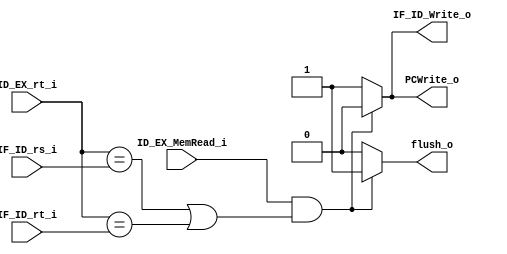
//110550029
`timescale 1ns/1ps
module Hazard_Detect(
	ID_EX_MemRead_i,
	ID_EX_rt_i,
	IF_ID_rs_i,
	IF_ID_rt_i,
	PCWrite_o,
	IF_ID_Write_o,
	flush_o
	);
     
//I/O ports
input 		 ID_EX_MemRead_i;
input  [5-1:0]  ID_EX_rt_i, IF_ID_rs_i, IF_ID_rt_i;
output           PCWrite_o, IF_ID_Write_o, flush_o;

//Internal signals
reg 	PCWrite_o, IF_ID_Write_o, flush_o;

//Parameter

//Main function
always @(ID_EX_MemRead_i, ID_EX_rt_i, IF_ID_rs_i, IF_ID_rt_i) begin
	if(ID_EX_MemRead_i && ( ID_EX_rt_i==IF_ID_rs_i || ID_EX_rt_i==IF_ID_rt_i)) begin
		PCWrite_o=0;
		IF_ID_Write_o=0;
		flush_o=1;
	end
	else begin
		PCWrite_o=1;
		IF_ID_Write_o=1;
		flush_o=0;
	end
end

endmodule